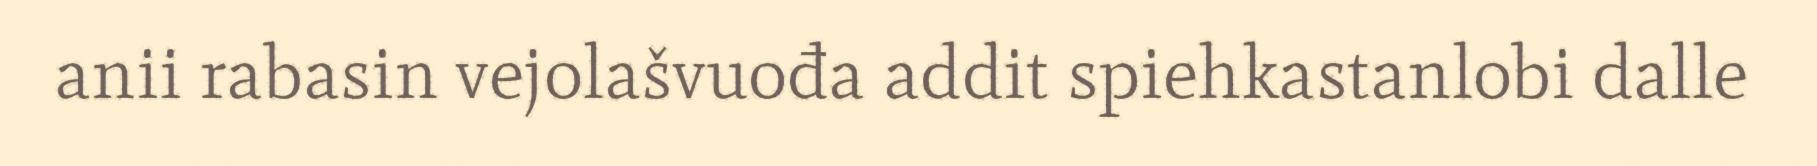
anii rabasin vejolašvuođa addit spiehkastanlobi dalle